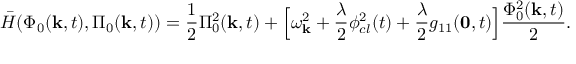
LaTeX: \bar { H } ( \Phi _ { 0 } ( { \bf k } , t ) , \Pi _ { 0 } ( { \bf k } , t ) ) = \frac { 1 } { 2 } \Pi _ { 0 } ^ { 2 } ( { \bf k } , t ) + \Bigl [ \omega _ { \bf k } ^ { 2 } + \frac { \lambda } { 2 } \phi _ { c l } ^ { 2 } ( t ) + \frac { \lambda } { 2 } g _ { 1 1 } ( { \bf 0 } , t ) \Bigr ] \frac { \Phi _ { 0 } ^ { 2 } ( { \bf k } , t ) } { 2 } .